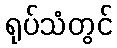
ရုပ်သံတွင်